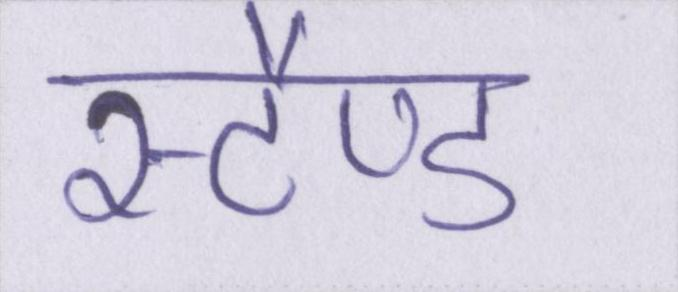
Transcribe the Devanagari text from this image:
स्टैण्ड